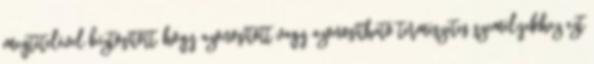
megtételével biztosított, hogy azonosított vagy azonosítható természetes személyekhez ezt